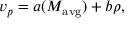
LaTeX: v _ { p } = a ( M _ { \mathrm { a v g } } ) + b \rho ,